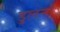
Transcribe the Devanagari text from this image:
डुलना